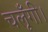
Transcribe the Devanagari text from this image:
चलूँगी।